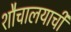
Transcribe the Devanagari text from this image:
शौचालयाची